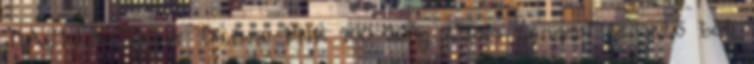
DAIWA Team Daiwa Pilk 100-200g 2.40m tengeri pergető bot